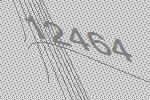
12464